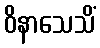
ဝိနာသေသိံ